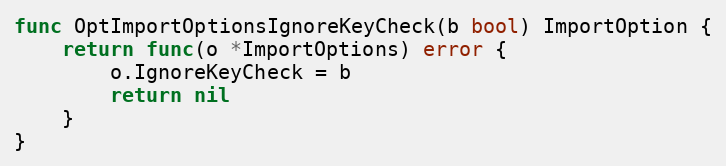
Language: Go
func OptImportOptionsIgnoreKeyCheck(b bool) ImportOption {
	return func(o *ImportOptions) error {
		o.IgnoreKeyCheck = b
		return nil
	}
}